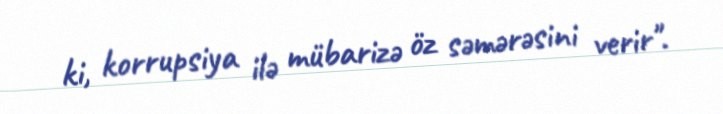
ki, korrupsiya ilə mübarizə öz səmərəsini verir".